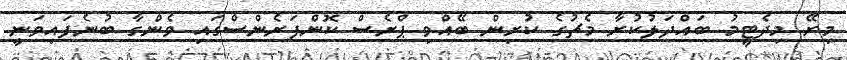
މިރޭ މިދެޓީމު ބައްދަލުކުރާ މެޗުގެ ކުރިން ބޭއްވި ޕްރެސް ކޮންފަރެންސްގައި ވެންގާ ބުނެފައިވަނީ